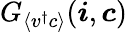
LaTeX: G_{\langle v^{\dagger}c\rangle}(\boldsymbol{\boldsymbol{i}},{\boldsymbol{c}})